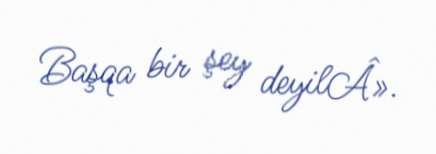
Başqa bir şey deyilÂ».